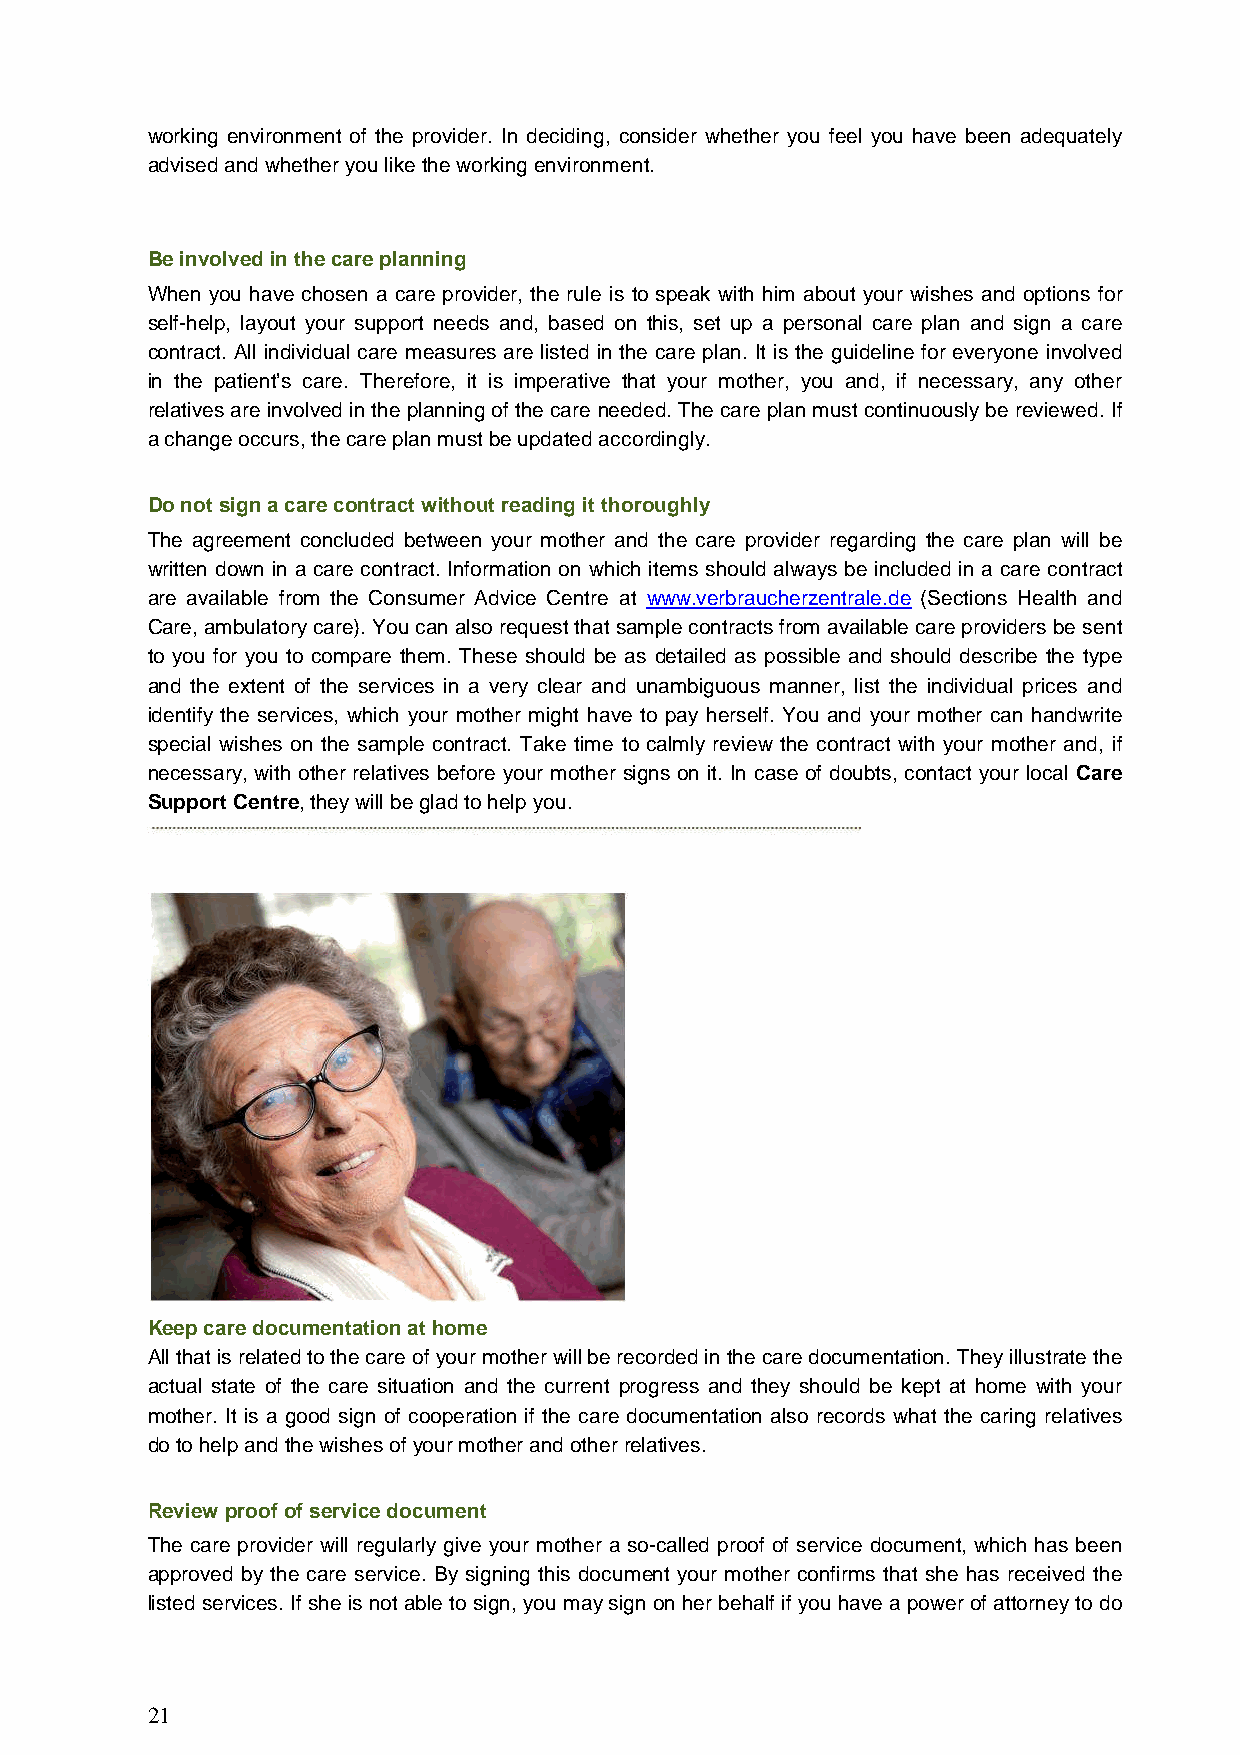
working environment of the provider. In deciding, consider whether you feel you have been adequately
 advised and whether you like the working environment.
 Be involved in the care planning
 When you have chosen a care provider, the rule is to speak with him about your wishes and options for
 self-help, layout your support needs and, based on this, set up a personal care plan and sign a care
 contract. All individual care measures are listed in the care plan. It is the guideline for everyone involved
 in the patient’s care. Therefore, it is imperative that your mother, you and, if necessary, any other
 relatives are involved in the planning of the care needed. The care plan must continuously be reviewed. If
 a change occurs, the care plan must be updated accordingly.
 Do not sign a care contract without reading it thoroughly
 The agreement concluded between your mother and the care provider regarding the care plan will be
 written down in a care contract. Information on which items should always be included in a care contract
 are available from the Consumer Advice Centre at www.verbraucherzentrale.de (Sections Health and
 Care, ambulatory care). You can also request that sample contracts from available care providers be sent
 to you for you to compare them. These should be as detailed as possible and should describe the type
 and the extent of the services in a very clear and unambiguous manner, list the individual prices and
 identify the services, which your mother might have to pay herself. You and your mother can handwrite
 special wishes on the sample contract. Take time to calmly review the contract with your mother and, if
 necessary, with other relatives before your mother signs on it. In case of doubts, contact your local Care
 Support Centre, they will be glad to help you.
 Keep care documentation at home
 All that is related to the care of your mother will be recorded in the care documentation. They illustrate the
 actual state of the care situation and the current progress and they should be kept at home with your
 mother. It is a good sign of cooperation if the care documentation also records what the caring relatives
 do to help and the wishes of your mother and other relatives.
 Review proof of service document
 The care provider will regularly give your mother a so-called proof of service document, which has been
 approved by the care service. By signing this document your mother confirms that she has received the
 listed services. If she is not able to sign, you may sign on her behalf if you have a power of attorney to do
 21